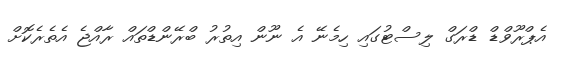
އެޕްރޫވްޑް ޑްރަގް ލިސްޓުގައި ހިމެނޭ އެ ނޫން އިތުރު ބްރޭންޑްތައް ރާއްޖެ އެތެރެކޮށް